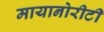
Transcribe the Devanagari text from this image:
मायानोरीटी